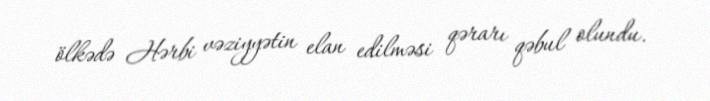
ölkədə Hərbi vəziyyətin elan edilməsi qərarı qəbul olundu.